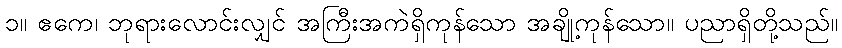
၁။ ဧကေ၊ ဘုရားလောင်းလျှင် အကြီးအကဲရှိကုန်သော အချို့ကုန်သော။ ပညာရှိတို့သည်။